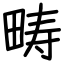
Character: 畴